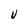
Character: U